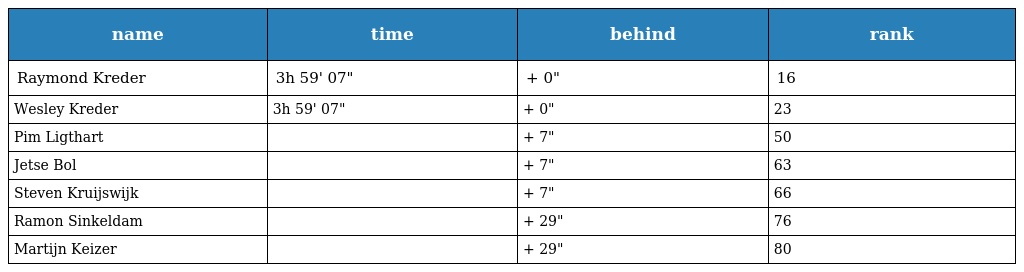
| name | time | behind | rank |
 | --- | --- | --- | --- |
 | Raymond Kreder | 3h 59' 07" | + 0" | 16 |
 | Wesley Kreder | 3h 59' 07" | + 0" | 23 |
 | Pim Ligthart |  | + 7" | 50 |
 | Jetse Bol |  | + 7" | 63 |
 | Steven Kruijswijk |  | + 7" | 66 |
 | Ramon Sinkeldam |  | + 29" | 76 |
 | Martijn Keizer |  | + 29" | 80 |